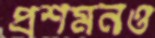
প্রশমনও